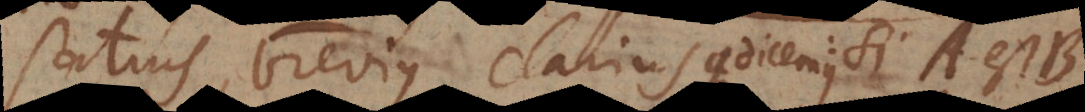
satius, brevius, clariusque dicemus si A est B